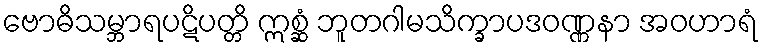
ဗောဓိသမ္ဘာရပဋိပတ္တိ ဣစ္ဆံ ဘူတဂါမသိက္ခာပဒဝဏ္ဏနာ အဝဟာရံ